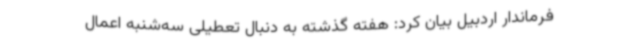
فرماندار اردبیل بیان کرد: هفته گذشته به دنبال تعطیلی سه‌شنبه اعمال